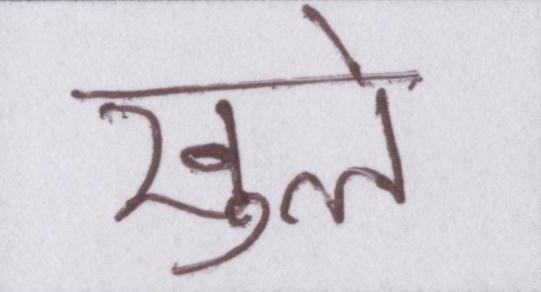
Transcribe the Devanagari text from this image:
खुले